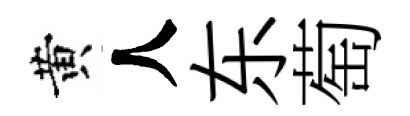
黄人东萄